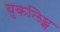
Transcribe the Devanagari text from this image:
युकलिप्ट्स